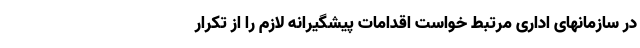
در سازمانهای اداری مرتبط خواست اقدامات پیشگیرانه لازم را از تکرار